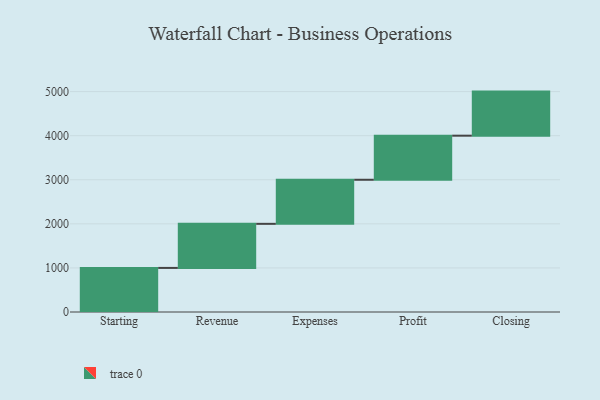
{"axis": {"x": "Step", "y": "Value"}, "legend": [""], "data": [{"x": "Starting", "y": 1000, "type": ""}, {"x": "Revenue", "y": 1000, "type": ""}, {"x": "Expenses", "y": 1000, "type": ""}, {"x": "Profit", "y": 1000, "type": ""}, {"x": "Closing", "y": 1000, "type": ""}]}